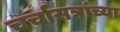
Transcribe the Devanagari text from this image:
चर्चासत्रांच्या